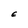
Character: E